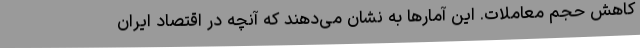
کاهش حجم معاملات. این آمارها به نشان می‌دهند که آنچه در اقتصاد ایران